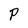
Character: P